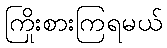
ကြိုးစားကြရမယ်